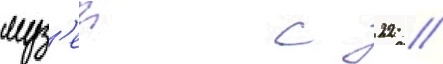
муз'еи с 22 /